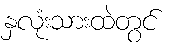
နှလုံးသားထဲတွင်